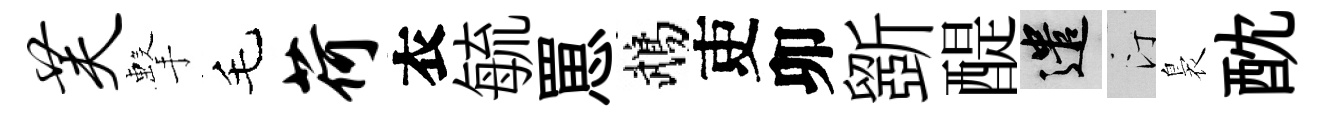
芙擊毛荷衣毓罳鵡吏卯斵醍遣汀裊酖